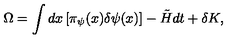
\Omega = \int d x \left[ \pi _ { \psi } ( x ) \delta \psi ( x ) \right] - \tilde { H } d t + \delta K ,